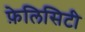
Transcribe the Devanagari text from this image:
फ़ेलिसिटी